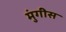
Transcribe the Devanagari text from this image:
मुंगीस